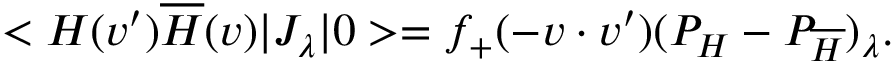
< H ( v ^ { \prime } ) \overline { { H } } ( v ) | J _ { \lambda } | 0 > = f _ { + } ( - v \cdot v ^ { \prime } ) ( P _ { H } - P _ { \overline { { H } } } ) _ { \lambda } .